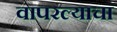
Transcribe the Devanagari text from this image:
वापरल्याचा